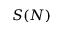
S ( N )